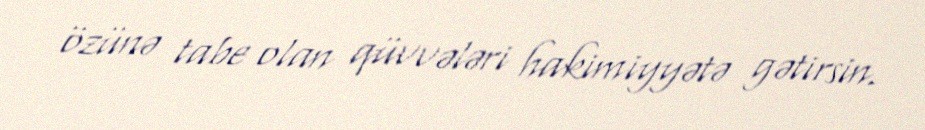
özünə tabe olan qüvvələri hakimiyyətə gətirsin.